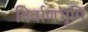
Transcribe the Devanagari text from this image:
निर्वाणभूमि